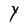
Character: Y